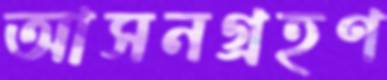
আসনগ্রহণ